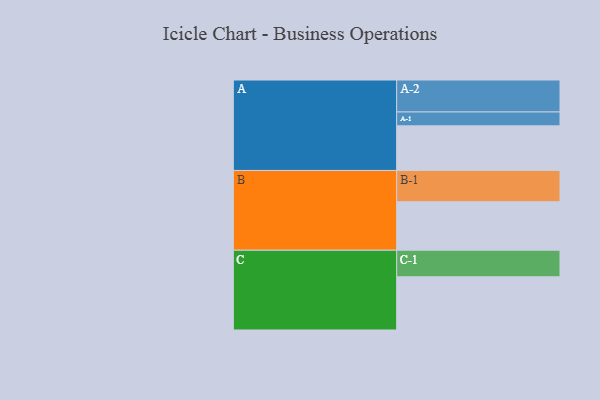
{"axis": {"x": "Segment", "y": "Value"}, "legend": ["", "A", "B", "C"], "data": [{"x": "A", "y": 321, "type": ""}, {"x": "B", "y": 349, "type": ""}, {"x": "C", "y": 383, "type": ""}, {"x": "A-1", "y": 100, "type": "A"}, {"x": "A-2", "y": 230, "type": "A"}, {"x": "B-1", "y": 225, "type": "B"}, {"x": "C-1", "y": 191, "type": "C"}]}